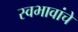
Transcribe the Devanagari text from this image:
स्वभावांचे